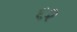
૬૨